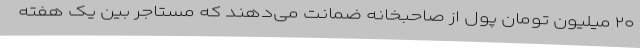
۲۰ میلیون تومان پول از صاحبخانه ضمانت می‌دهند که مستاجر بین یک هفته